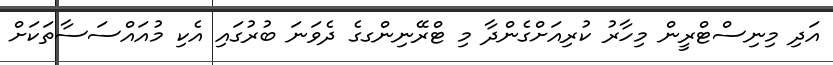
އަދި މިނިސްޓްރީން މިހާރު ކުރިއަށްގެންދާ މި ޓްރޭނިންގގެ ދެވަނަ ބުރުގައި އެކި މުއައްސަސާތަކަށް